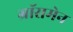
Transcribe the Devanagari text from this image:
ग्रॉसमेन